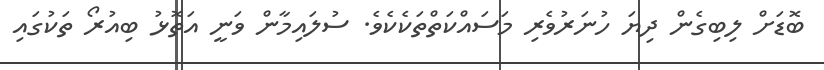
ބޮޑަށް ލިބިގެން ދިޔަ ހުނަރުވެރި މަސައްކަތްތަކެކެވެ. ސުލައިމާން ވަނީ އަތޮޅު ބިއުރޯ ތަކުގައި